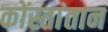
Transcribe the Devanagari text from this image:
कोंस्तांतान